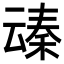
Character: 𪜞